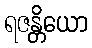
ရဇန္တိယော